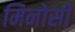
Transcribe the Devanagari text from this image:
मिनोसी